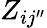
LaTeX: Z_{i{j^{\prime\prime}}}